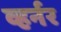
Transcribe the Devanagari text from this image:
व्हर्नर